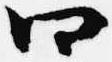
四